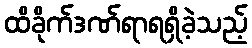
ထိခိုက်ဒဏ်ရာရရှိခဲ့သည့်